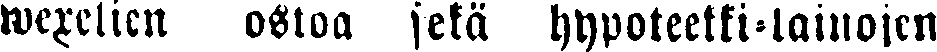
wexelien ostoa sekä hypoteetti-lainojen